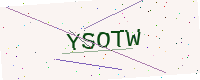
Text: YSOTW